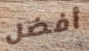
أفضل